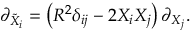
\partial _ { { \tilde { X } } _ { i } } = \left( R ^ { 2 } \delta _ { i j } - 2 X _ { i } X _ { j } \right) \partial _ { X _ { j } } .